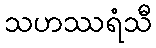
သဟဿရံသီ